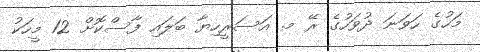
މަހުގެ ހަވަނަ ދުވަހުގެ ރޭ މ. އަސަރީހިޔާ ބަލައި ފާސްކޮށް 12 މީހަކު